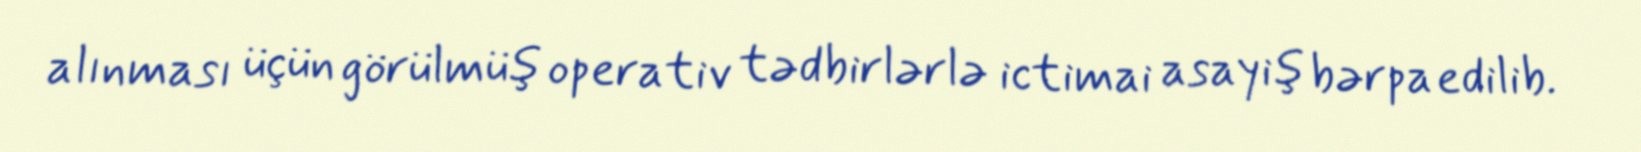
alınması üçün görülmüş operativ tədbirlərlə ictimai asayiş bərpa edilib.